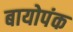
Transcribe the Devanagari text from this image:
बायोपंक